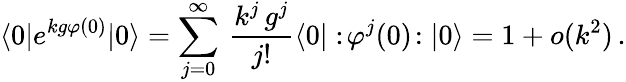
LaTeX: \langle 0|e^{kg\varphi(0)}|0\rangle=\sum_{j=0}^{\infty}\, \frac{k^{j}\, g^{j}}{j!}\langle 0|:\! \varphi^{j}(0)\! :|0\rangle=1+o(k^{2})\, .